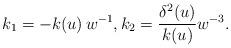
LaTeX: \begin{align*}k_{1}=-k(u)\,w^{-1},k_{2}=\frac{\delta^{2}(u)}{k(u)}w^{-3}. \end{align*}